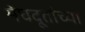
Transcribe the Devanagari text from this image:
मेघदूतांच्या